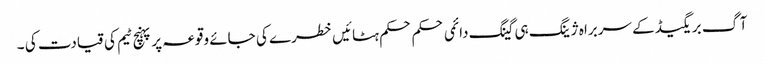
آگ بریگیڈ کے سربراہ ژینگ ہی گینگ دائمی حکم حکم ہٹائیں خطرے کی جائے وقوعہ پر پہنچ ٹیم کی قیادت کی ۔